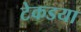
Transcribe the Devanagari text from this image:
टेकडया